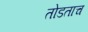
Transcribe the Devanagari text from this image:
तोडताच